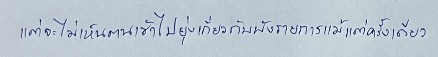
แต่จะไม่เห็นตนเข้าไปยุ่งเกี่ยวกับผังรายการแม้แต่ครั้งเดียว